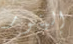
إلينور